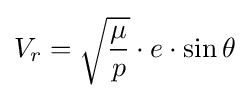
V_{r}={\sqrt {\frac {\mu }{p}}}\cdot e\cdot \sin \theta